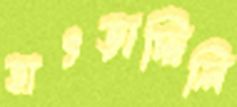
হাৎড়াচ্ছিলি